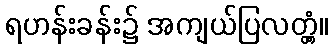
ရဟန်းခန်း၌ အကျယ်ပြလတ္တံ့။